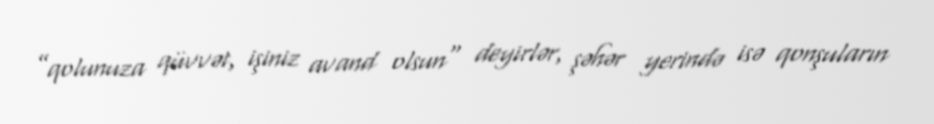
”qolunuza qüvvət, işiniz avand olsun" deyirlər, şəhər yerində isə qonşuların